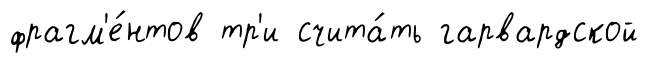
фрагм'е́нтов тр'и счита́ть гарвардской